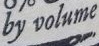
by volume